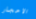
الاحجار